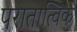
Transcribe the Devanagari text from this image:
परातात्विक